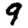
Digit: 9